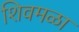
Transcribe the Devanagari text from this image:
शिवमळा